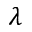
\lambda